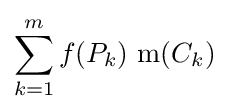
\sum _{k=1}^{m}f(P_{k})\,\operatorname {m} (C_{k})